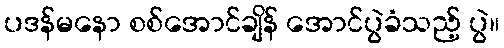
ပဒန်မနော စစ်အောင်ချိန် အောင်ပွဲခံသည့် ပွဲ။